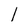
Character: l